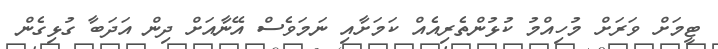
ޓީމަށް ވަރަށް މުހިއްމު ކުޅުންތެރިއެއް ކަމަށާއި ނަމަވެސް އޭނާއަށް ދިން އަދަބާ ގުޅިގެން